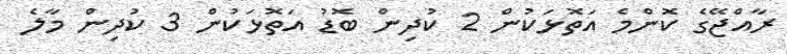
ރާއްޖޭގެ ކޮންމެ އަތޮޅަކުން 2 ކުދިން ބޮޑު އަތޮޅަކުން 3 ކުދިން މާލެ